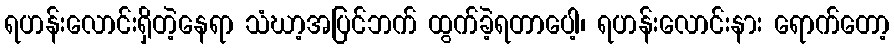
ရဟန်းလောင်းရှိတဲ့နေရာ သံဃာ့အပြင်ဘက် ထွက်ခဲ့ရတာပေါ့၊ ရဟန်းလောင်းနား ရောက်တော့